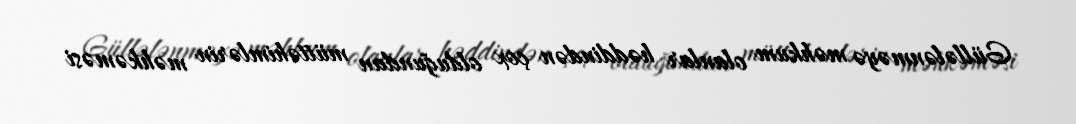
Güllələnməyə məhkum olanlar həddindən çox olduğundan müttəhimlərin məhkəməsi